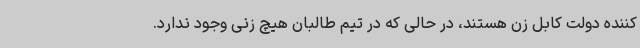
کننده دولت کابل زن هستند، در حالی که در تیم طالبان هیچ زنی وجود ندارد.